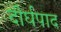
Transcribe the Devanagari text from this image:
दीर्घपाद